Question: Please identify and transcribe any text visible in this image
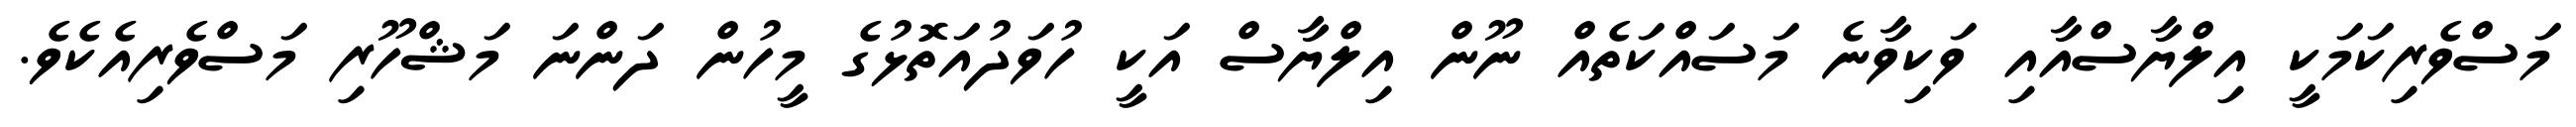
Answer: މަސްވެރިކަމަކީ އިލްޔާސްއާއި ވަކިވާނެ މަސައްކަތެއް ނޫން އިލްޔާސް އަކީ ހުވަދުއަތޮޅުގެ މީހުން ދަންނަ މަޝްހޫރި މަސްވެރިއެކެވެ.